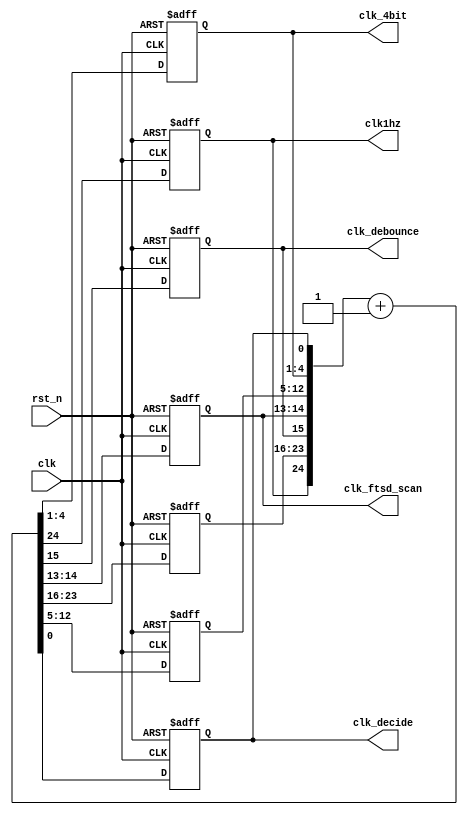
`timescale 1ns / 1ps
//////////////////////////////////////////////////////////////////////////////////
// Company: 
// Engineer: 
// 
// Design Name: 
// Module Name:    freq_div2_2 
// Project Name: 
// Target Devices: 
// Tool versions: 
// Description: 
//
// Dependencies: 
//
// Revision: 
// Revision 0.01 - File Created
// Additional Comments: 
//
//////////////////////////////////////////////////////////////////////////////////
`define FREQ_DIV_BIT 25 // #bits for freq divider
`define FTSD_SCAN_CTL_BIT_WIDTH 2 // #bits for 14-seg display scan control

module freq_div2_2(clk_decide,clk_4bit,clk1hz,clk_debounce, clk_ftsd_scan, clk, rst_n);
	output clk1hz; // ~ 1.2 Hz clock
	output clk_debounce; // clk for push button debounce
	output [1:0] clk_ftsd_scan; // clk for 14-segment display
	input clk; // system clock, ~ 40 MHz
	input rst_n; // active low reset
	reg clk1hz, clk_debounce; // for always
	reg [1:0] clk_ftsd_scan; // for always
	reg [7:0] clk_buff_high; // local signal
	reg [7:0] clk_buff_low; // local signal
	output reg clk_decide;
	output reg [3:0]clk_4bit;
	wire [`FREQ_DIV_BIT-1:0] clk_cnt; // local signal for clock counter//
	
	assign clk_cnt ={clk1hz,clk_buff_high,clk_debounce,clk_ftsd_scan,clk_buff_low,clk_4bit,clk_decide} +1'b1;

	
	always@(posedge clk or negedge rst_n)
		begin
			if(~rst_n)
			{clk1hz,clk_buff_high,clk_debounce,clk_ftsd_scan,clk_buff_low,clk_4bit,clk_decide}<= `FREQ_DIV_BIT'd0; 
			else
			{clk1hz,clk_buff_high,clk_debounce,clk_ftsd_scan,clk_buff_low,clk_4bit,clk_decide}<= clk_cnt;
		end
 endmodule